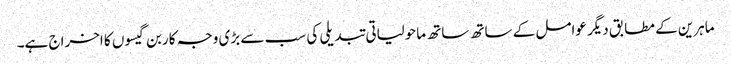
ماہرین کے مطابق دیگر عوامل کے ساتھ ساتھ ماحولیاتی تبدیلی کی سب سے بڑی وجہ کاربن گیسوں کا اخراج ہے۔